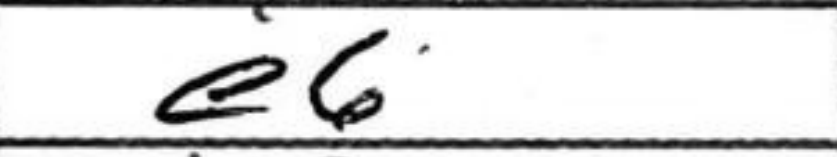
Transcription: e6